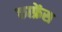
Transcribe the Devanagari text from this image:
काफ्रेंस